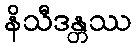
နိသီဒန္တဿ